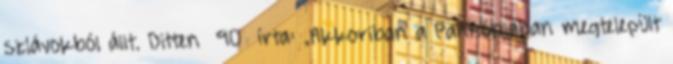
szlávokból állt. Ditten 90 írta: „Akkoriban a Pannóniában megtelepült